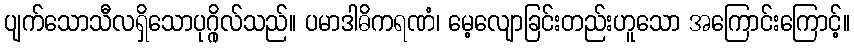
ပျက်သောသီလရှိသောပုဂ္ဂိုလ်သည်။ ပမာဒါဓိကရဏံ၊ မေ့လျောခြင်းတည်းဟူသော အကြောင်းကြောင့်။